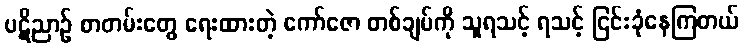
ပဋိညာဉ် စာတမ်းတွေ ရေးထားတဲ့ ကော်ဇော တစ်ချပ်ကို သူရသင့် ရသင့် ငြင်းခုံနေကြတယ်